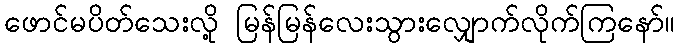
ဖောင်မပိတ်သေးလို့ မြန်မြန်လေးသွားလျှောက်လိုက်ကြနော်။